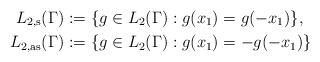
LaTeX: \begin{align*}L_{2,\mathrm{s}}(\Gamma) &:= \{ g \in L_2(\Gamma) : g(x_1) = g(-x_1) \} , \\L_{2,\mathrm{as}}(\Gamma) &:= \{ g \in L_2(\Gamma ) : g(x_1) = - g(-x_1) \} \end{align*}